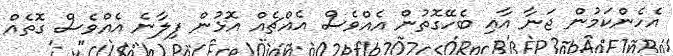
އެހެންކަމުން ޖަނާ އާއި ބެހޭގޮތުން އެއްވެސް އެއްޗެއް އޮޅުން ފިލާނެ އެއްވެސް ގޮތެއް